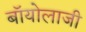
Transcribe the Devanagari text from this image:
बॉयोलाजी